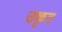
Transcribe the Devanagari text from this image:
उकृत